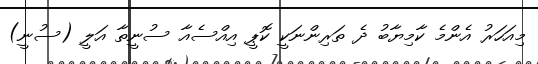
މިއަހަރު އެންމެ ކާމިޔާބު ދެ ތަރިންނަކީ ކޮޕީ އިއްސެއާ ސުނީތާ އަލީ (ސުނީ)